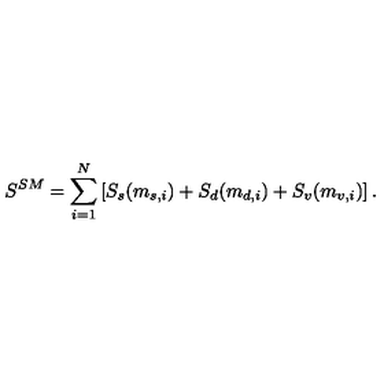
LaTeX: S ^ { S M } = \sum _ { i = 1 } ^ { N } \left[ S _ { s } ( m _ { s , i } ) + S _ { d } ( m _ { d , i } ) + S _ { v } ( m _ { v , i } ) \right] .